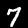
Digit: 7